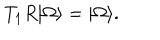
LaTeX: T _ { 1 } R \vert \Omega \rangle = \vert \Omega \rangle .